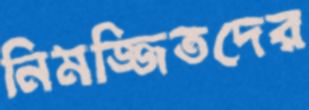
নিমজ্জিতদের